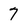
Character: 7